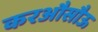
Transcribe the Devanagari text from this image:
करऔसौऊ